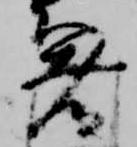
箸